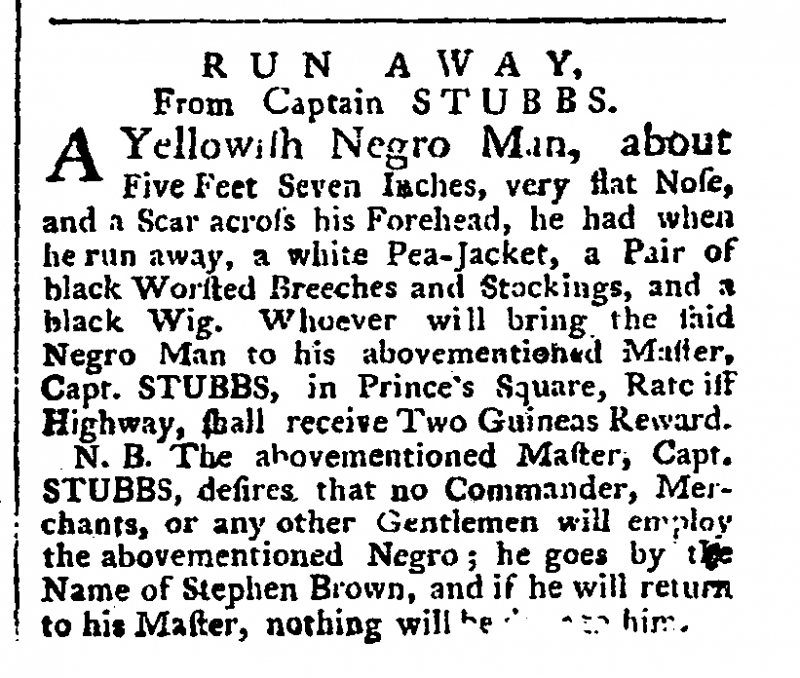
Public Ledger, Or, Daily Register of Commerce and Intelligence, 31 December 1761 (England)
           R U N    A W A Y,       From Captain STUBBS.  A Yellowish Negro Man, about Five Feet Seven Inches, very flat Nose, and a Scar across his Forehead, he had when he run away, a white Pea-Jacket, a Pair of black Worsted Breeches and Stockings, and a black Wig. Whoever will bring the said Negro Man to his abovementioned Master, Capt. STUBBS, in Prince’s Square, Ratliff Highway, shall receive Two Guineas Reward.  N.B. The abovementioned Master, Capt. STUBBS, desires that no Commander, Merchants, or any other Gentlemen will employ the abovementioned Negro; he goes by the Name of Stephen Brown, and if he will return to his Master, nothing will be [done to] him.